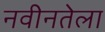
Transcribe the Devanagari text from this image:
नवीनतेला